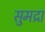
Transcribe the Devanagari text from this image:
सुमद्रा